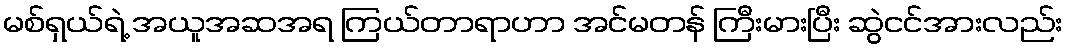
မစ်ရှယ်ရဲ့ အယူအဆအရ ကြယ်တာရာဟာ အင်မတန် ကြီးမားပြီး ဆွဲငင်အားလည်း